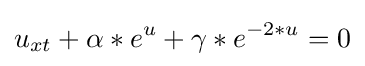
u_{xt}+\alpha *e^{u}+\gamma *e^{-2*u}=0